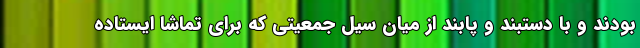
بودند و با دستبند و پابند از میان سیل جمعیتی که برای تماشا ایستاده